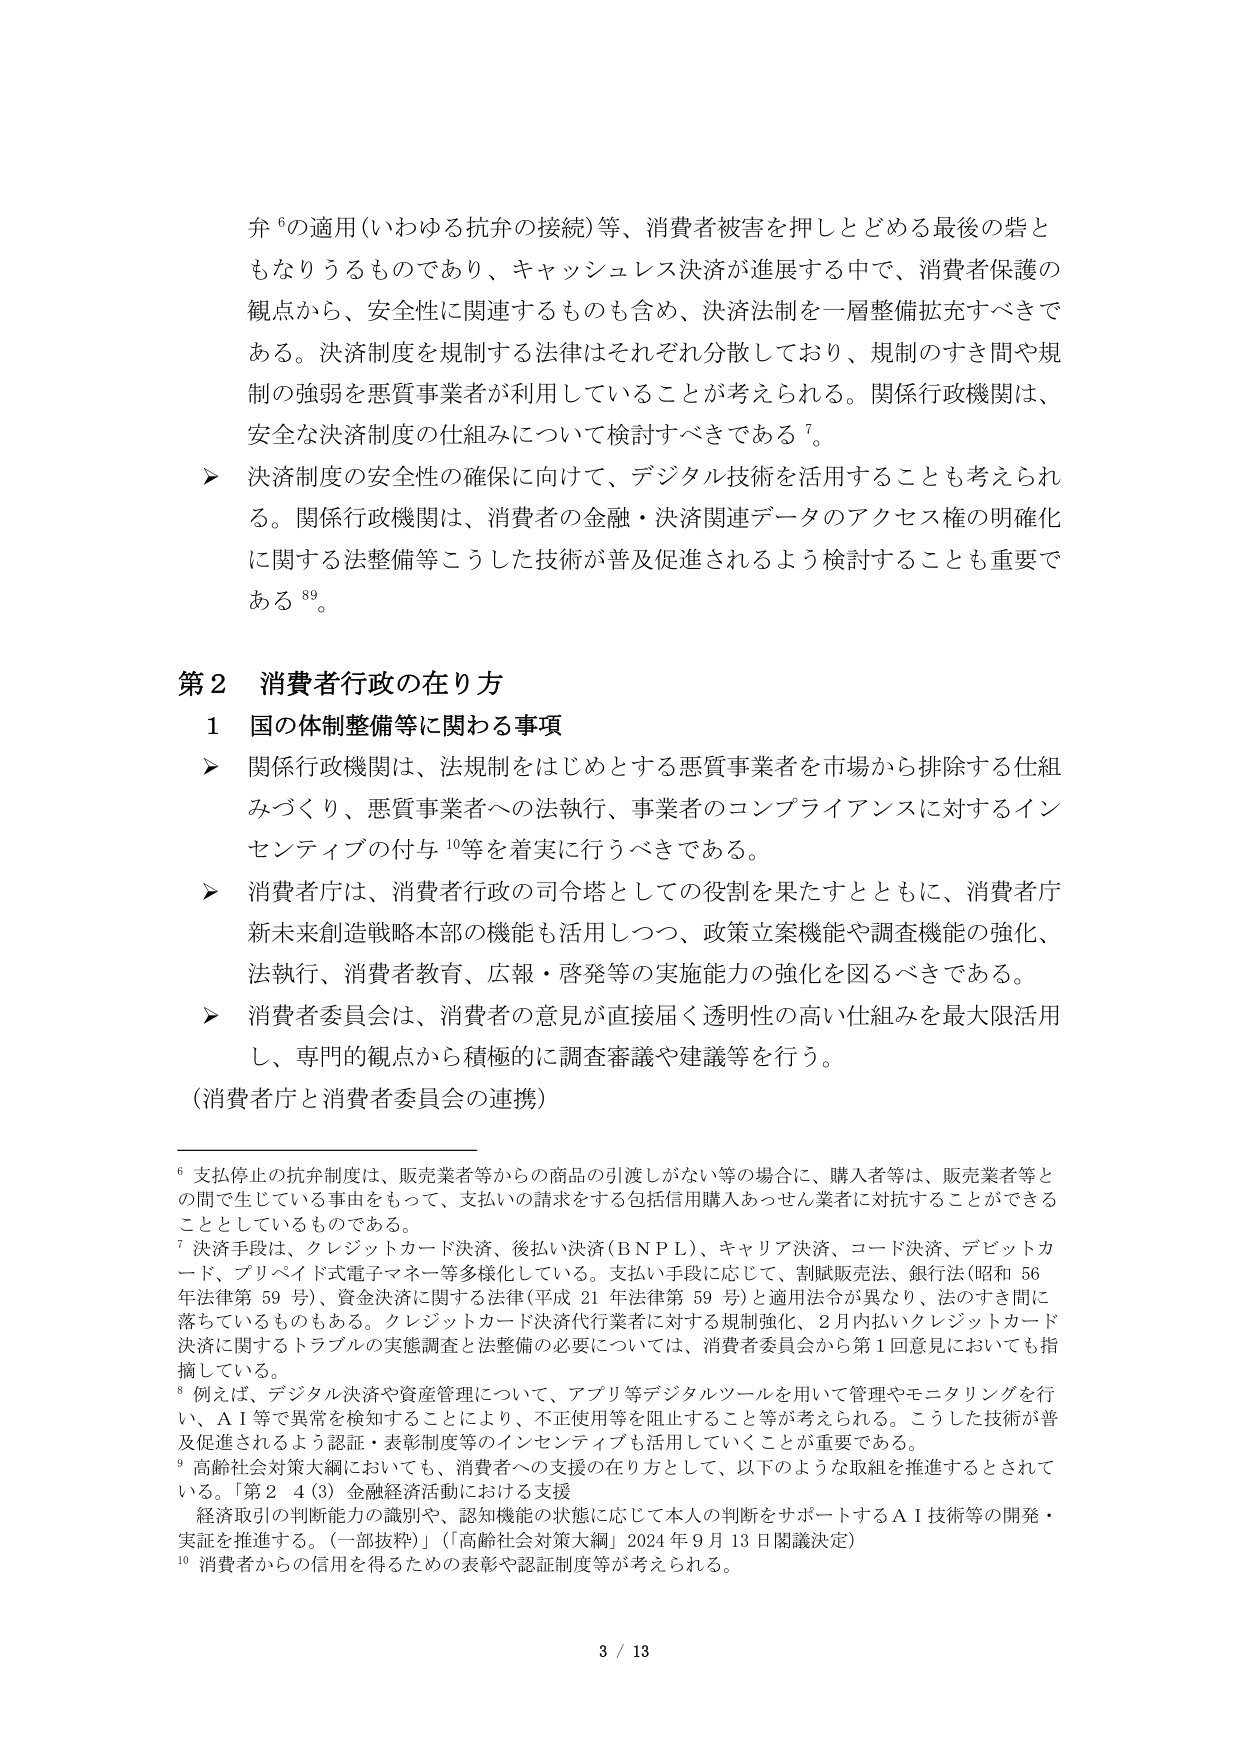
弁⁶の適用（いわゆる抗弁の接続）等、消費者被害を押しつどめる最後の砦ともなりうるものであり、キャッシュレス決済が進展する中で、消費者保護の観点から、安全性に関連するものも含め、決済制度を一層整備拡充すべきである。決済制度を規制する法律はそれぞれ分散しており、規制のすき間や規制の強弱を悪質事業者が利用していることが考えられる。関係行政機関は、安全な決済制度の仕組みについて検討すべきである⁷。

▶ 決済制度の安全性の確保に向けて、デジタル技術を活用することも考えられる。関係行政機関は、消費者の金融・決済関連データのアクセス権の明確化に関する法整備等こうした技術が普及促進されるよう検討することも重要である⁸⁹。

第2 消費者行政の在り方

1 国の体制整備等に関わる事項

▶ 関係行政機関は、法規制をはじめとする悪質事業者を市場から排除する仕組みづくり、悪質事業者への法執行、事業者のコンプライアンスに対するインセンティブの付与¹⁰等を着実に行うべきである。

▶ 消費者庁は、消費者行政の司令塔としての役割を果たすとともに、消費者庁新未来創造戦略本部の機能も活用しつつ、政策立案機能や調査機能の強化、法執行、消費者教育、広報・啓発等の実施能力の強化を図るべきである。

▶ 消費者委員会は、消費者の意見が直接届く透明性の高い仕組みを最大限活用し、専門的観点から積極的に調査審議や建議等を行う。

（消費者庁と消費者委員会の連携）

⁶ 支払停止の抗弁制度は、販売業者等からの商品の引渡しがない等の場合に、購入者等は、販売業者等との間で生じている事由をもって、支払いの請求をする包括信用購入あっせん業者に対抗することができるとしているものである。

⁷ 決済手段は、クレジットカード決済、後払い決済（BNPL）、キャリア決済、コード決済、デビットカード、プリペイド式電子マネー等多様化している。支払い手段に応じて、割賦販売法、銀行法（昭和56年法律第59号）、資金決済に関する法律（平成21年法律第59号）と適用法令が異なり、法のすき間に落ちているものもある。クレジットカード決済代行業者に対する規制強化、2月内払いクレジットカード決済に関するトラブルの実態調査と法整備の必要については、消費者委員会から第1回意見においても指摘している。

⁸ 例えば、デジタル決済や資産管理について、アプリ等デジタルツールを用いて管理やモニタリングを行い、AI等で異常を検知することにより、不正使用等を阻止すること等が考えられる。こうした技術が普及促進されるよう認証・表彰制度等のインセンティブも活用していくことが重要である。

⁹ 高齢社会対策大綱においても、消費者への支援の在り方として、以下のような取組を推進するとされている。「第2 4（3）金融経済活動における支援 経済取引の判断能力の識別や、認知機能の状態に応じて本人の判断をサポートするAI技術等の開発・実証を推進する。（一部抜粋）」（「高齢社会対策大綱」2024年9月13日閣議決定）

¹⁰ 消費者からの信用を得るための表彰や認証制度等が考えられる。

3 / 13